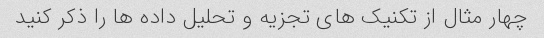
چهار مثال از تکنیک های تجزیه و تحلیل داده ها را ذکر کنید